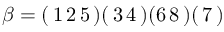
\beta = ( \, 1 \, 2 \, 5 \, ) ( \, 3 \, 4 \, ) ( 6 \, 8 \, ) ( \, 7 \, )